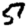
Digit: 5